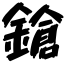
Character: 鎗